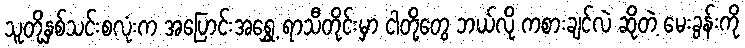
သူတို့နှစ်သင်းစလုံးက အပြောင်းအရွှေ့ ရာသီတိုင်းမှာ ငါတို့တွေ ဘယ်လို ကစားချင်လဲ ဆိုတဲ့ မေးခွန်းကို